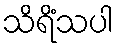
သိရိံသပါ